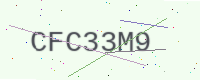
Text: CFC33M9